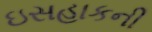
ઇસહાકની